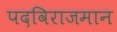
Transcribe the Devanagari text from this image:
पदविराजमान